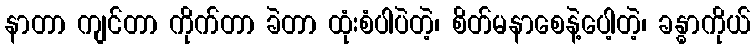
နာတာ ကျင်တာ ကိုက်တာ ခဲတာ ထုံးစံပါပဲတဲ့၊ စိတ်မနာစေနဲ့ပေါ့တဲ့၊ ခန္ဓာကိုယ်